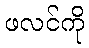
ဖလင်ကို